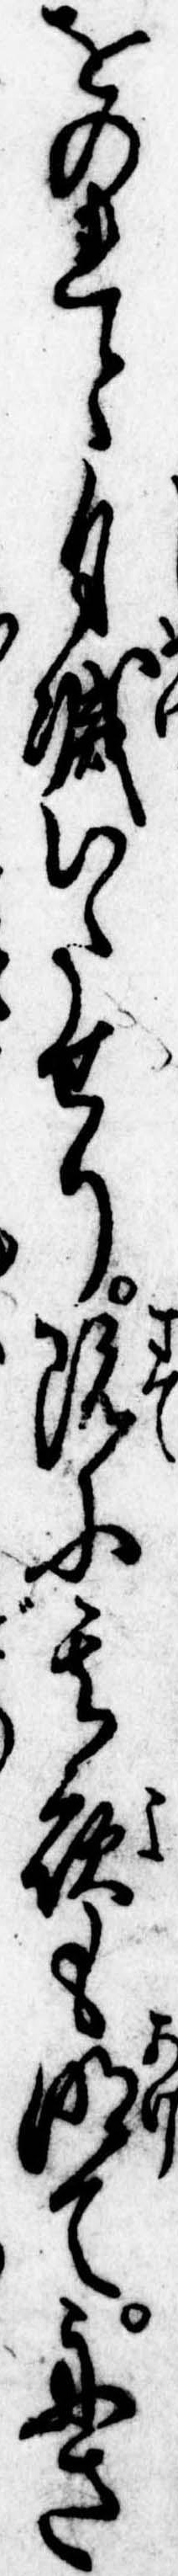
をのれと自滅いたせり既に其夜も明て舟さ